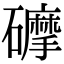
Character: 𥗂